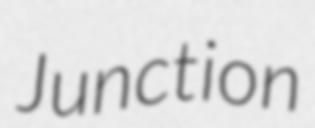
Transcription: Junction